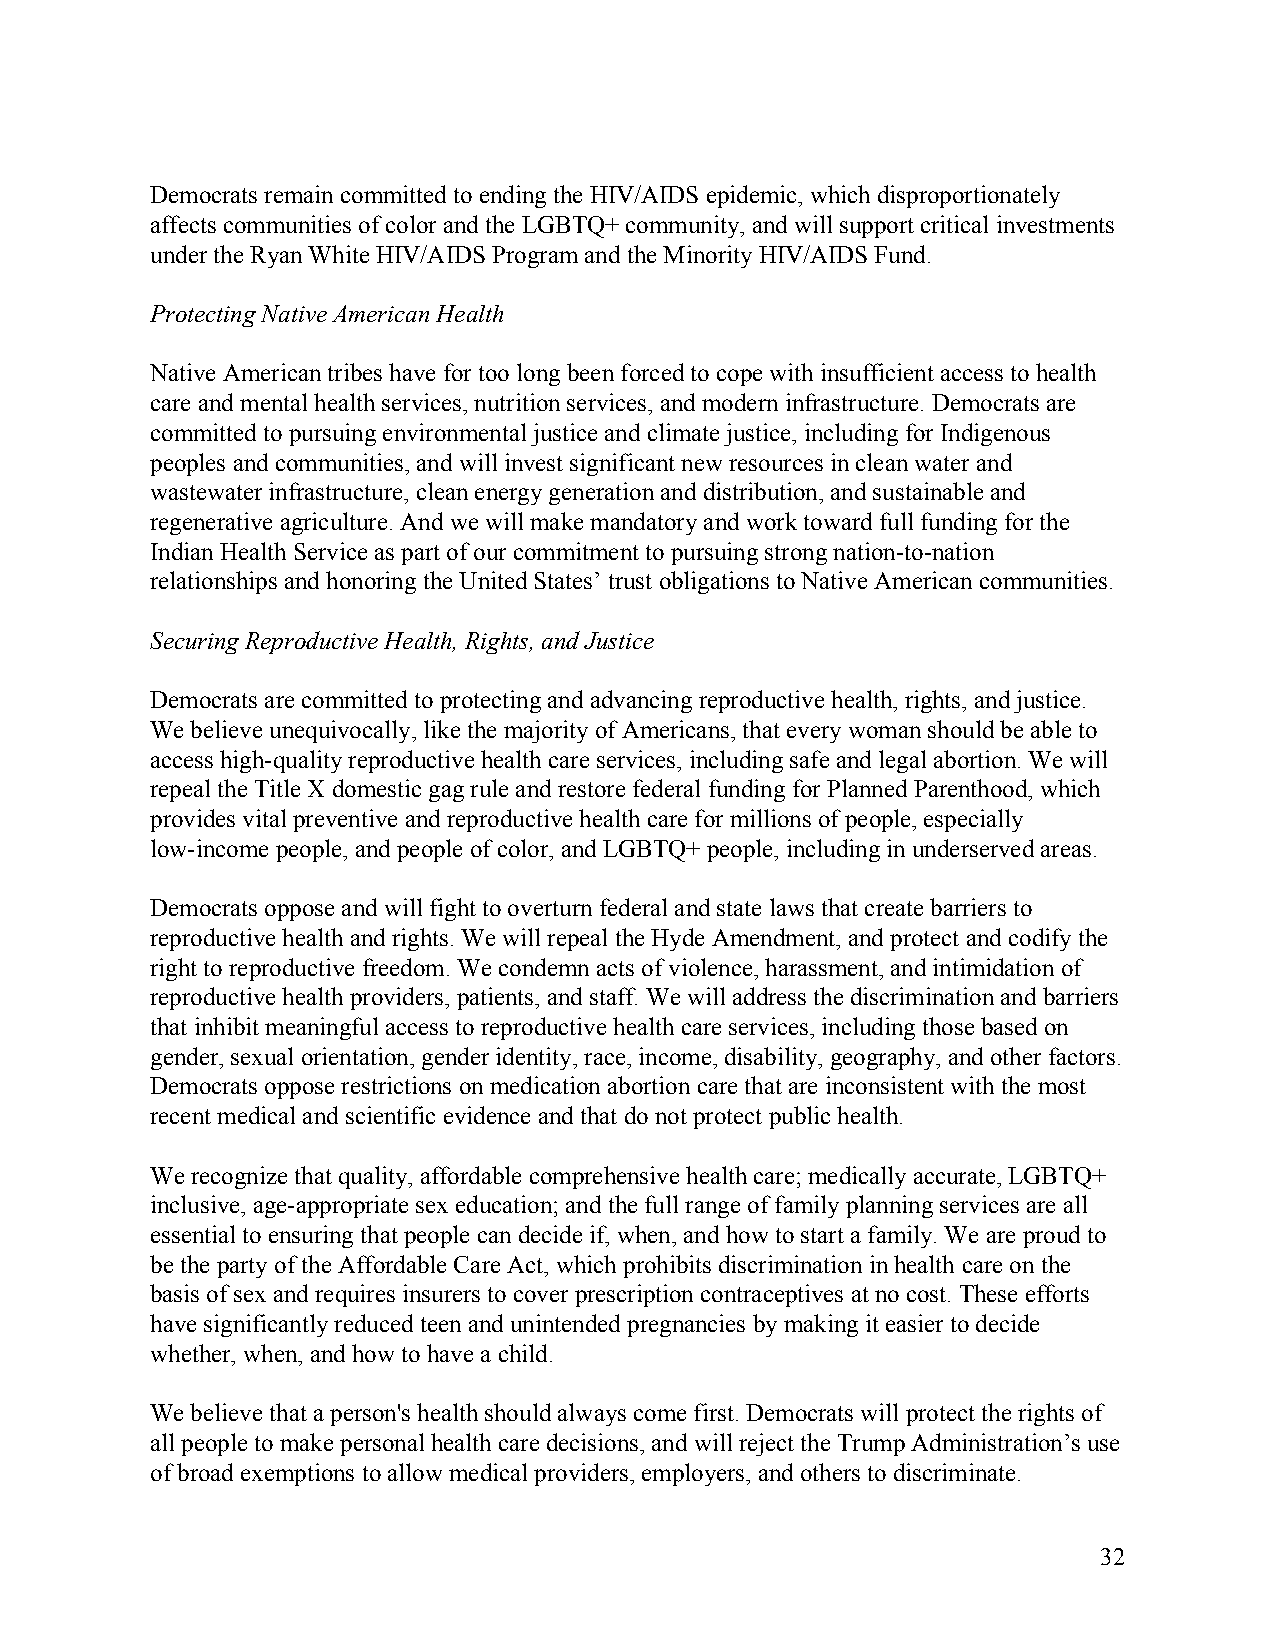
Democrats remain committed to ending the HIV/AIDS epidemic, which disproportionately
 affects communities of color and the LGBTQ+ community, and will support critical investments
 under the Ryan White HIV/AIDS Program and the Minority HIV/AIDS Fund.
 Protecting Native American Health
 Native American tribes have for too long been forced to cope with insufficient access to health
 care and mental health services, nutrition services, and modern infrastructure. Democrats are
 committed to pursuing environmental justice and climate justice, including for Indigenous
 peoples and communities, and will invest significant new resources in clean water and
 wastewater infrastructure, clean energy generation and distribution, and sustainable and
 regenerative agriculture. And we will make mandatory and work toward full funding for the
 Indian Health Service as part of our commitment to pursuing strong nation-to-nation
 relationships and honoring the United States’ trust obligations to Native American communities.
 Securing Reproductive Health, Rights, and Justice
 Democrats are committed to protecting and advancing reproductive health, rights, and justice.
 We believe unequivocally, like the majority of Americans, that every woman should be able to
 access high-quality reproductive health care services, including safe and legal abortion. We will
 repeal the Title X domestic gag rule and restore federal funding for Planned Parenthood, which
 provides vital preventive and reproductive health care for millions of people, especially
 low-income people, and people of color, and LGBTQ+ people, including in underserved areas.
 Democrats oppose and will fight to overturn federal and state laws that create barriers to
 reproductive health and rights. We will repeal the Hyde Amendment, and protect and codify the
 right to reproductive freedom. We condemn acts of violence, harassment, and intimidation of
 reproductive health providers, patients, and staff. We will address the discrimination and barriers
 that inhibit meaningful access to reproductive health care services, including those based on
 gender, sexual orientation, gender identity, race, income, disability, geography, and other factors.
 Democrats oppose restrictions on medication abortion care that are inconsistent with the most
 recent medical and scientific evidence and that do not protect public health.
 We recognize that quality, affordable comprehensive health care; medically accurate, LGBTQ+
 inclusive, age-appropriate sex education; and the full range of family planning services are all
 essential to ensuring that people can decide if, when, and how to start a family. We are proud to
 be the party of the Affordable Care Act, which prohibits discrimination in health care on the
 basis of sex and requires insurers to cover prescription contraceptives at no cost. These efforts
 have significantly reduced teen and unintended pregnancies by making it easier to decide
 whether, when, and how to have a child.
 We believe that a person's health should always come first. Democrats will protect the rights of
 all people to make personal health care decisions, and will reject the Trump Administration’s use
 of broad exemptions to allow medical providers, employers, and others to discriminate.
 32